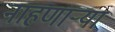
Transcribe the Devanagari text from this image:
नाहणाऱ्या